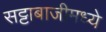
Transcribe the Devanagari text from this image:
सट्टाबाजीमध्ये